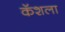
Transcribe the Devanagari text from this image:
कॅशला